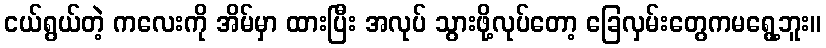
ငယ်ရွယ်တဲ့ ကလေးကို အိမ်မှာ ထားပြီး အလုပ် သွားဖို့လုပ်တော့ ခြေလှမ်းတွေကမရွေ့ဘူး။